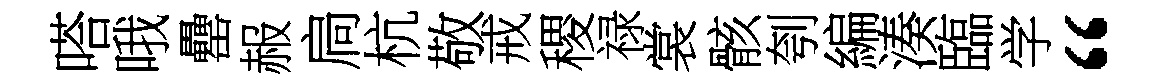
嗒哦罍赧扃杭敬戒稷禄裳骸刳編湊臨学“